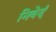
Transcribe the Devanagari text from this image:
निवेदं